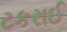
ટકરાઈ